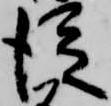
従